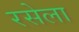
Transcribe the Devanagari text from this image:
रसेला